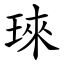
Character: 琜